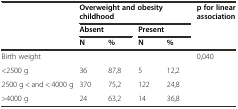
| <ROWSPAN=3>  | <COLSPAN=4> Overweight and obesity childhood | <ROWSPAN=3> p for linear association |
 | <COLSPAN=2> Absent | <COLSPAN=2> Present |
 | N | % | N | % |
 | --- | --- | --- | --- | --- | --- |
 | Birth weight |  |  |  |  | <ROWSPAN=4> 0,040 |
 | <2500 g | 36 | 87,8 | 5 | 12,2 |
 | 2500 g < and < 4000 g | 370 | 75,2 | 122 | 24,8 |
 | >4000 g | 24 | 63,2 | 14 | 36,8 |